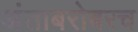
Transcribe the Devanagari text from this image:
अंताबरोबरच